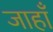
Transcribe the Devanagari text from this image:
जाहाँ